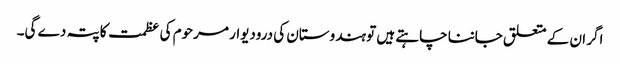
اگر ان کے متعلق جاننا چاہتے ہیں تو ہندوستان کی درودیوار مرحوم کی عظمت کا پتہ دے گی۔